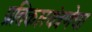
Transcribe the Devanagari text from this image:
प्रतिकारयंत्रणेचा